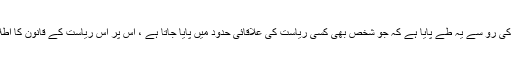
پہلے اصول کی رو سے یہ طے پایا ہے کہ جو شخص بھی کسی ریاست کی علاقائی حدود میں پایا جاتا ہے ، اس پر اس ریاست کے قانون کا اطلاق ہوتا ہے۔